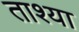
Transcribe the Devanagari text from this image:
ताश्या